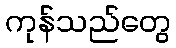
ကုန်သည်တွေ